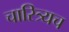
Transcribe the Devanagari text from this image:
चारित्र्यच